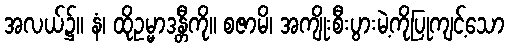
အလယ်၌။ နံ၊ ထိုဥမ္မာဒန္တီကို။ စဇာမိ၊ အကျိုးစီးပွားမဲ့ကိုပြုကျင့်သော